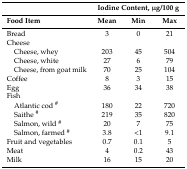
<table><thead><tr><td></td><td colspan="3"><b>Iodine Content, μg/100 g</b></td></tr><tr><td><b>Food Item</b></td><td><b>Mean</b></td><td><b>Min</b></td><td><b>Max</b></td></tr></thead><tbody><tr><td>Bread</td><td>3</td><td>0</td><td>21</td></tr><tr><td>Cheese</td><td></td><td></td><td></td></tr><tr><td> Cheese, whey</td><td>203</td><td>45</td><td>504</td></tr><tr><td> Cheese, white</td><td>27</td><td>6</td><td>79</td></tr><tr><td> Cheese, from goat milk</td><td>70</td><td>25</td><td>104</td></tr><tr><td>Coffee</td><td>8</td><td>3</td><td>15</td></tr><tr><td>Egg</td><td>36</td><td>34</td><td>38</td></tr><tr><td>Fish</td><td></td><td></td><td></td></tr><tr><td> Atlantic cod <sup>#</sup></td><td>180</td><td>22</td><td>720</td></tr><tr><td> Saithe <sup>#</sup></td><td>219</td><td>35</td><td>820</td></tr><tr><td> Salmon, wild <sup>#</sup></td><td>20</td><td>7</td><td>75</td></tr><tr><td> Salmon, farmed <sup>#</sup></td><td>3.8</td><td>&lt;1</td><td>9.1</td></tr><tr><td>Fruit and vegetables</td><td>0.7</td><td>0.1</td><td>5</td></tr><tr><td>Meat</td><td>4</td><td>0.2</td><td>43</td></tr><tr><td>Milk</td><td>16</td><td>15</td><td>20</td></tr></tbody></table>